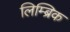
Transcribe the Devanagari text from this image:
लिम्ब्रिक